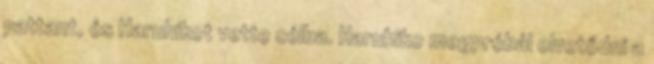
pattant, és Haruhikot vette célba. Haruhiko megpróbál elvetődni a